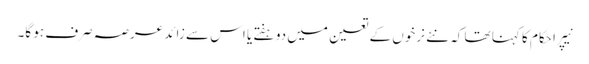
نیپرا حکام کا کہنا تھا کہ نئے نرخوں کے تعین میں دو ہفتے یا اس سے زائد عرصہ صرف ہو گا۔